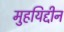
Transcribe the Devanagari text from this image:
मुहयिद्दीन